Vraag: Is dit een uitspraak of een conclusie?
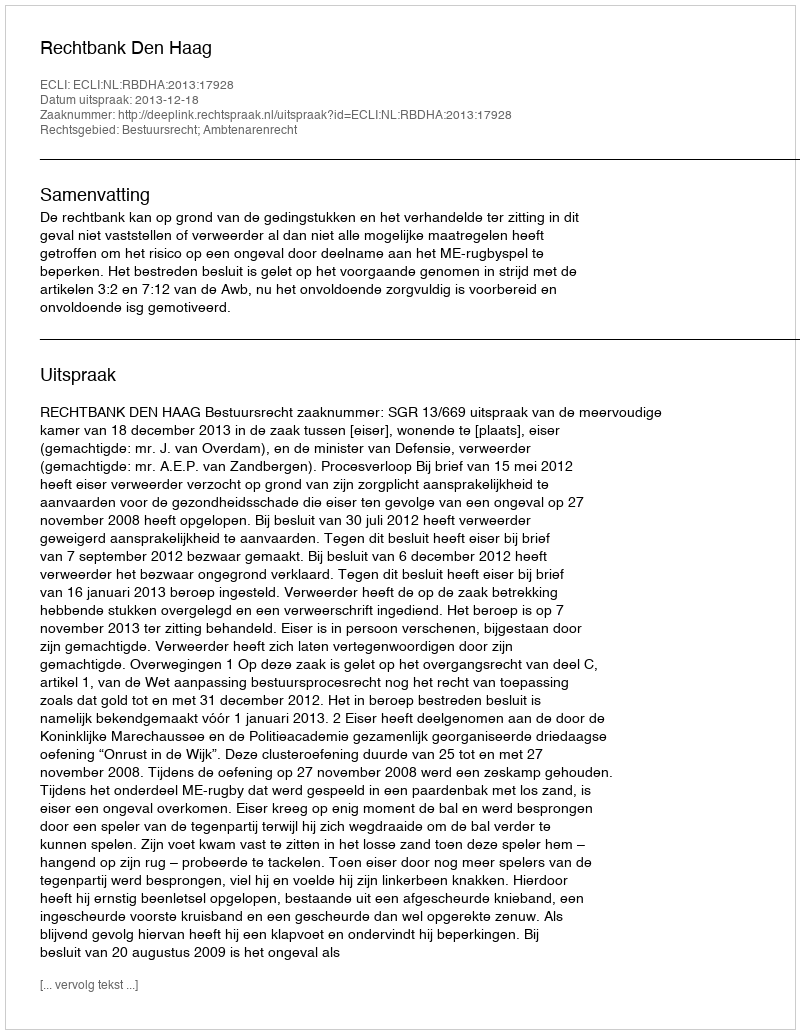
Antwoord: Uitspraak